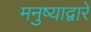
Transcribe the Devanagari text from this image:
मनुष्याद्वारे